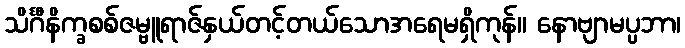
သိင်္ဂီနိက္ခစစ်ဇမ္ဗူရာဇ်နှယ်တင့်တယ်သောအရေမရှိကုန်။ နောဗျာမပ္ပဘာ၊